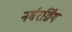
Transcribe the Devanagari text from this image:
नर्बरर्ग्रिंग